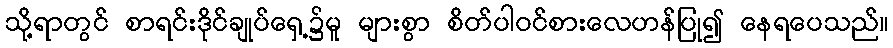
သို့ရာတွင် စာရင်းဒိုင်ချုပ်ရှေ့၌မူ များစွာ စိတ်ပါဝင်စားလေဟန်ပြု၍ နေရပေသည်။